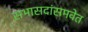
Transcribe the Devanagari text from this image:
सभासदांसमवेत